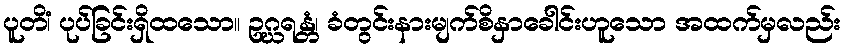
ပူတိံ၊ ပုပ်ခြင်းရှိထသော။ ဥဂ္ဃရန္တံ၊ ခံတွင်းနားမျက်စိနှာခေါင်းဟူသော အထက်မှလည်း